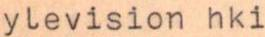
ylevision hki